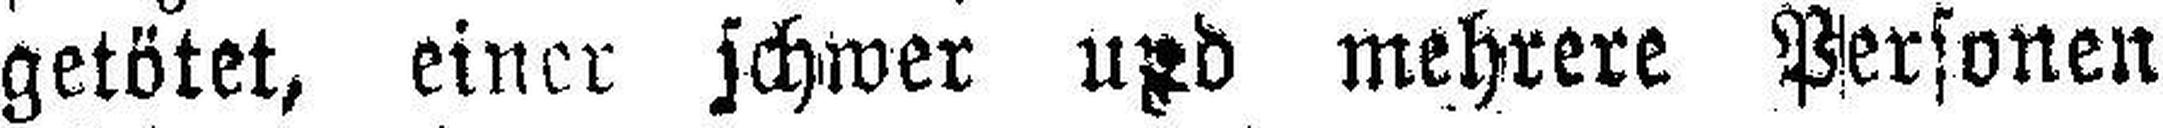
getötet, einer schwer	und mehrere Personen